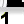
Digit: 1